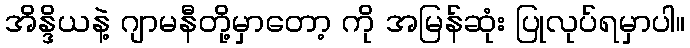
အိန္ဒိယနဲ့ ဂျာမနီတို့မှာတော့ ကို အမြန်ဆုံး ပြုလုပ်ရမှာပါ။